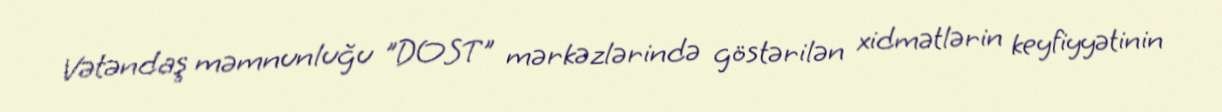
Vətəndaş məmnunluğu "DOST" mərkəzlərində göstərilən xidmətlərin keyfiyyətinin